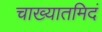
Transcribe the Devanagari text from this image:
चाख्यातमिदं